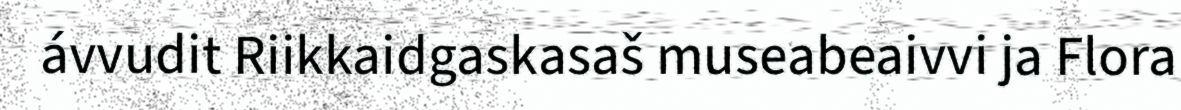
ávvudit Riikkaidgaskasaš museabeaivvi ja Flora